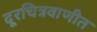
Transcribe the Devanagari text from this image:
दूरचित्रवाणीत